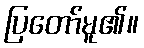
ပြတော်မူ၏။